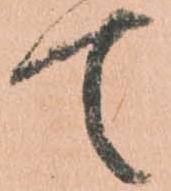
て